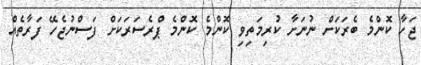
ޖަހާ ކޮންމެ ބެރަކަށް ނުނަށާ ކުރިމަތިވި ކޮންމެ ކޮންމެ ޕްރެސަރަކަށް ފަސްނުޖެހޭ ފަރާތެއް